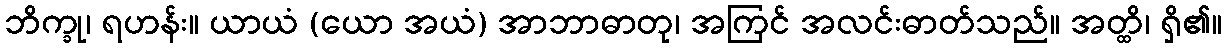
ဘိက္ခု၊ ရဟန်း။ ယာယံ (ယော အယံ) အာဘာဓာတု၊ အကြင် အလင်းဓာတ်သည်။ အတ္ထိ၊ ရှိ၏။